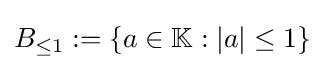
B_{\leq 1}:=\{a\in \mathbb {K} :|a|\leq 1\}